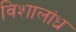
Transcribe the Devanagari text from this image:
विशालांध्र